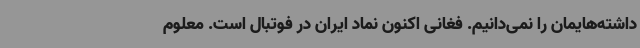
داشته‌هایمان را نمی‌دانیم. فغانی اکنون نماد ایران در فوتبال است. معلوم